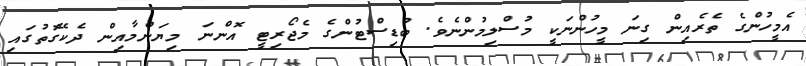
އެމީހުންގެ ތެރެއިން ގިނަ މީހުންނަކީ މުސްލިމުންނެވެ. ބުޑިސްޓުންގެ މެޖޯރިޓީ އޮންނަ މިޔަންމާއިން ދެކޭގޮތުގައި